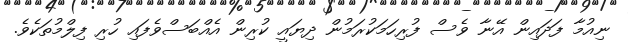
ނިއުމާ ފަދައިން އޭނާ ވެސް ފުރިހަމަކުރަމުން ދިޔައީ ކުރިން އެއްބަސްވެފައި ހުރި ފިލްމުތަކެވެ.